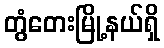
တွံတေးမြို့နယ်ရှိ